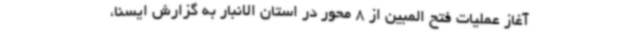
آغاز عملیات فتح المبین از 8 محور در استان الانبار به گزارش ایسنا،